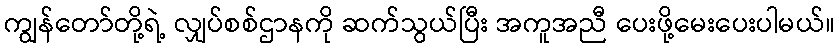
ကျွန်တော်တို့ရဲ့ လျှပ်စစ်ဌာနကို ဆက်သွယ်ပြီး အကူအညီ ပေးဖို့မေးပေးပါမယ်။